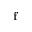
\mathbf { f }